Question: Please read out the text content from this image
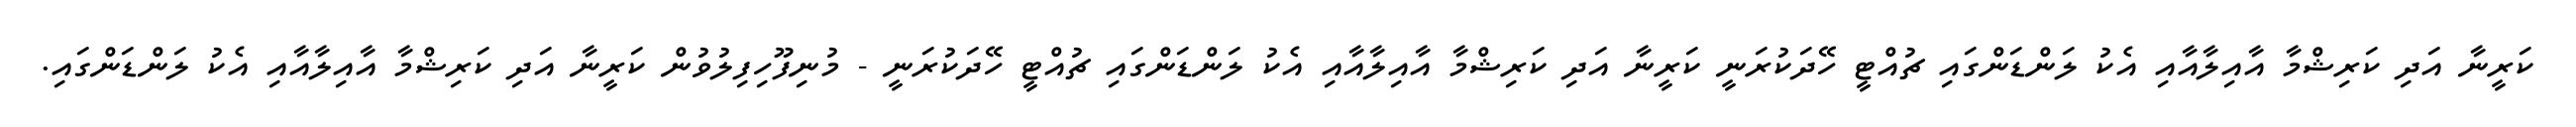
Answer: ކަރީނާ އަދި ކަރިޝްމާ އާއިލާއާއި އެކު ލަންޑަންގައި ޗުއްޓީ ހޭދަކުރަނީ ކަރީނާ އަދި ކަރިޝްމާ އާއިލާއާއި އެކު ލަންޑަންގައި ޗުއްޓީ ހޭދަކުރަނީ - މުނިފޫހިފިލުވުން ކަރީނާ އަދި ކަރިޝްމާ އާއިލާއާއި އެކު ލަންޑަންގައި.